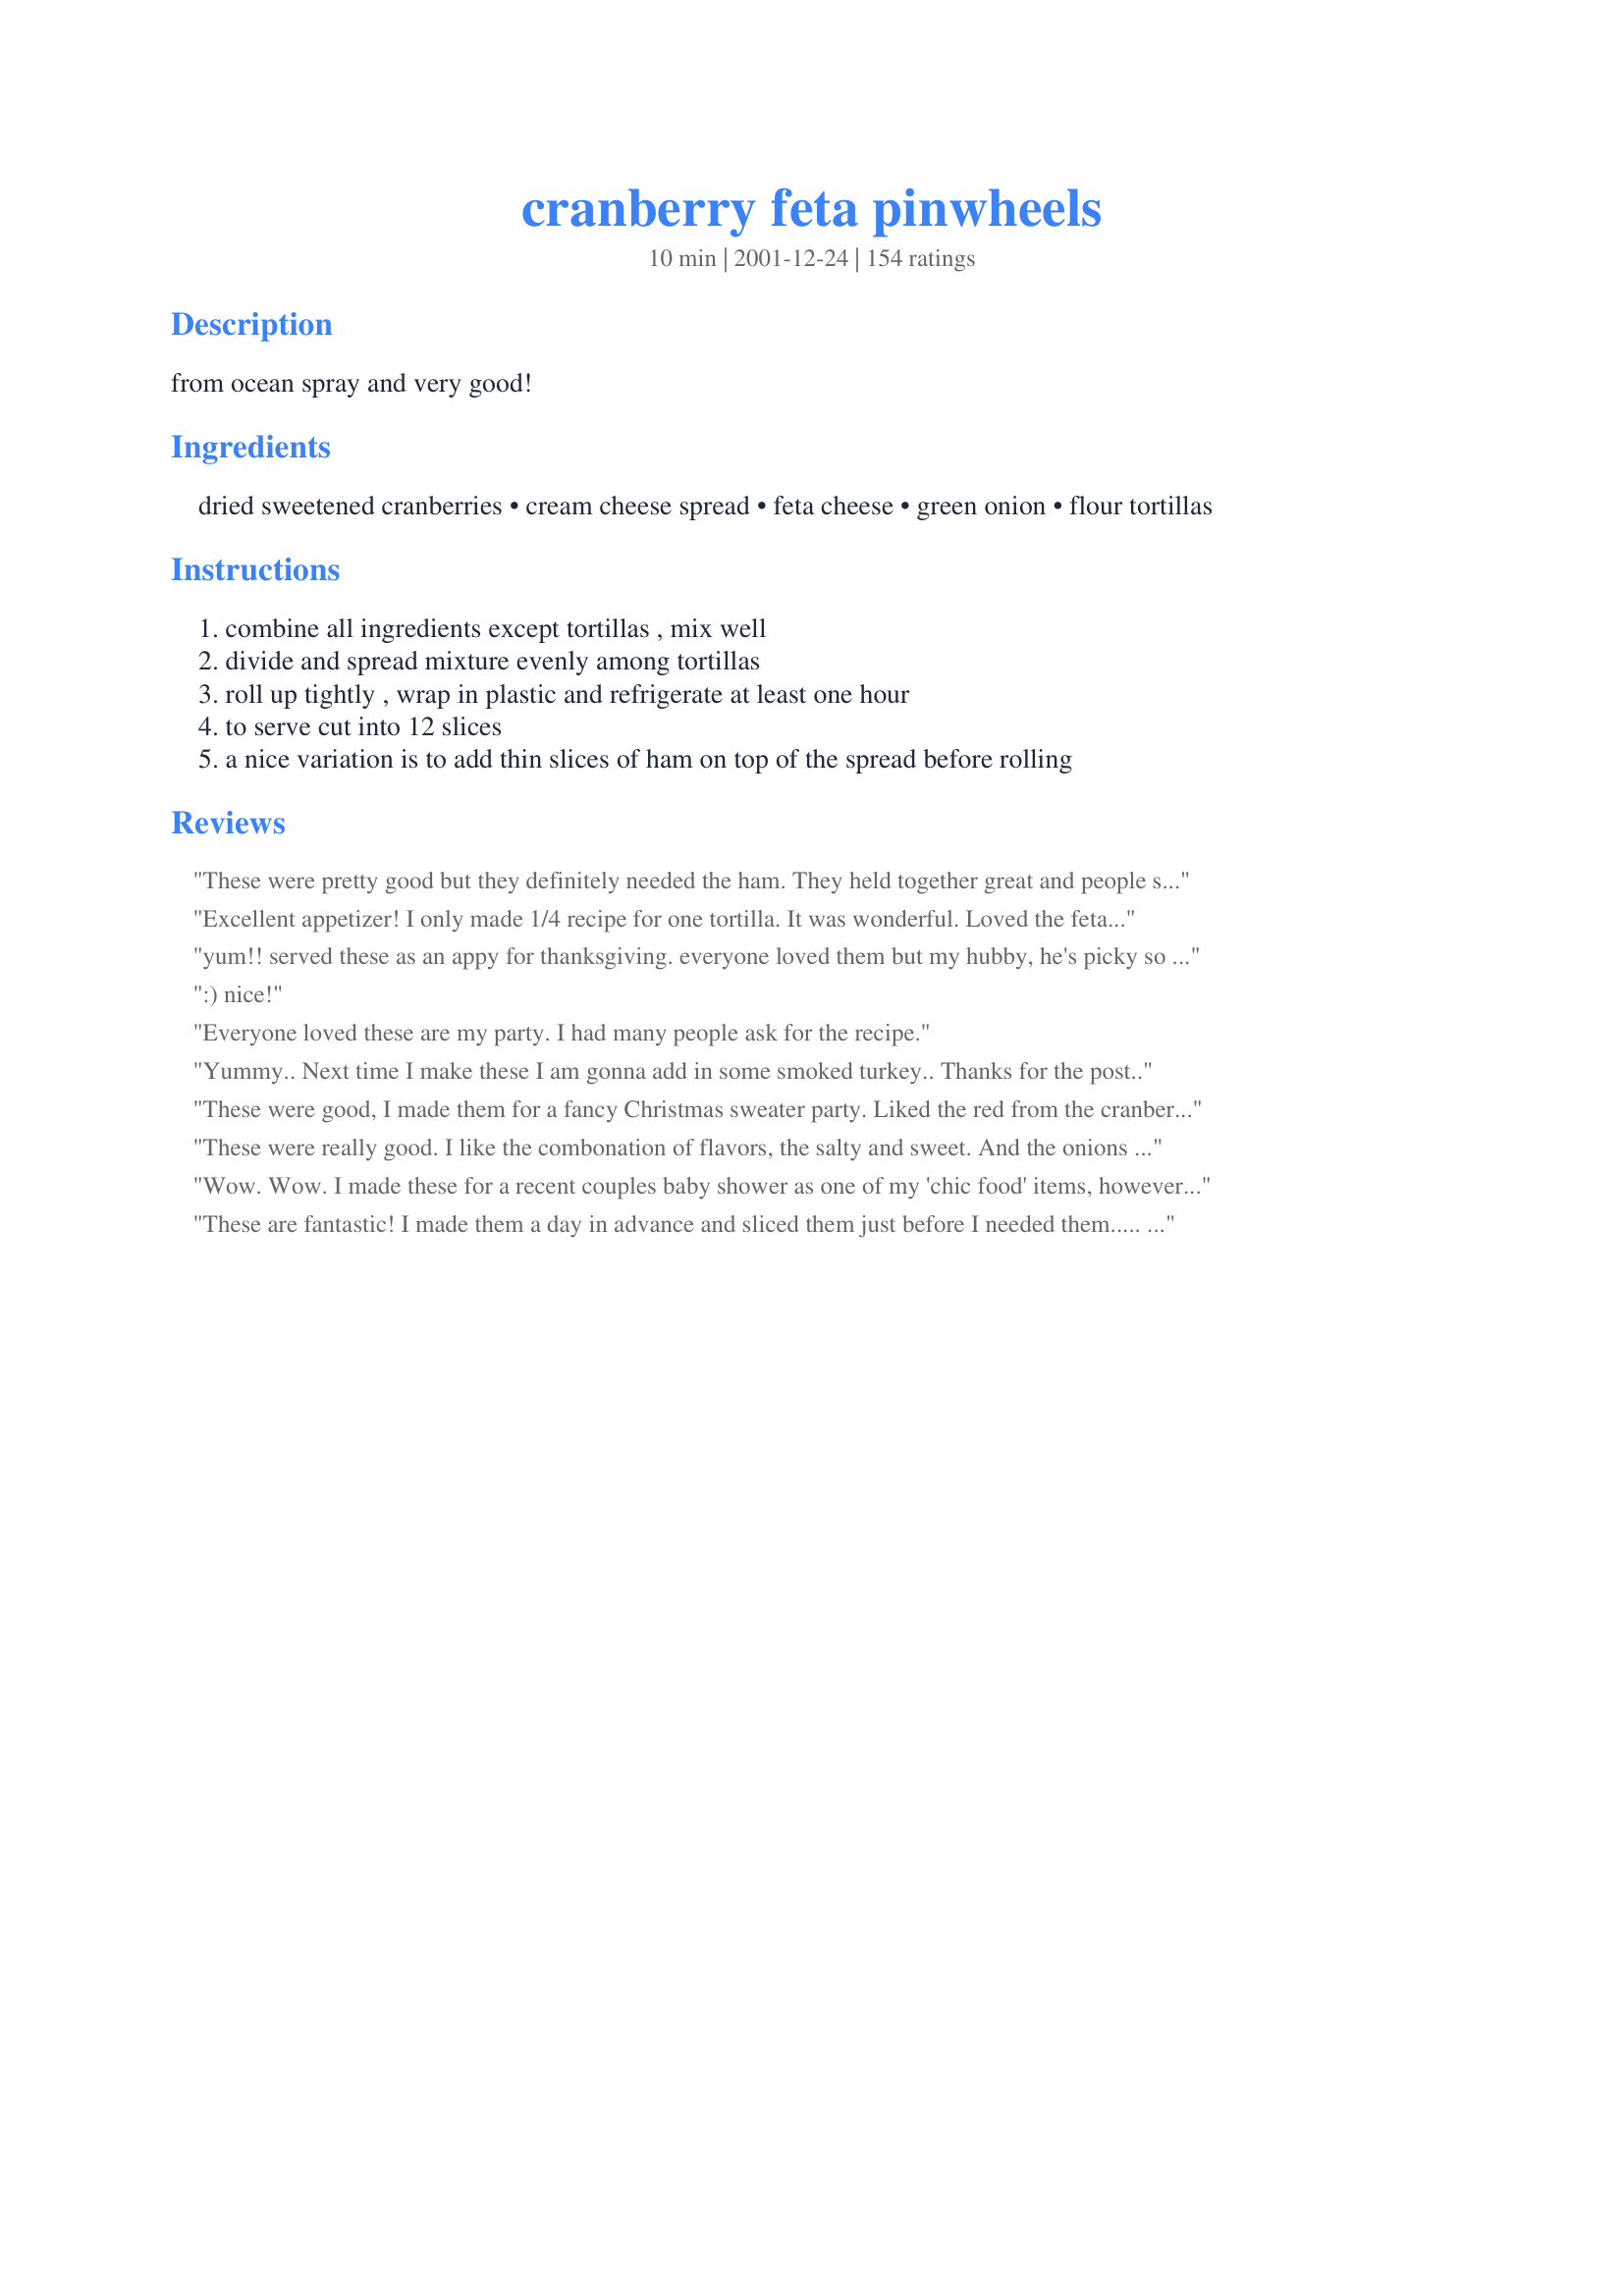
cranberry feta pinwheels
Preparation time: 10 minutes

from ocean spray and very good!

Ingredients:
dried sweetened cranberries, cream cheese spread, feta cheese, green onion, flour tortillas

Steps:
combine all ingredients except tortillas , mix well
divide and spread mixture evenly among tortillas
roll up tightly , wrap in plastic and refrigerate at least one hour
to serve cut into 12 slices
a nice variation is to add thin slices of ham on top of the spread before rolling

Reviews:
These were pretty good but they definitely needed the ham. They held together great and people seemed to like them but the other wraps I made had a better taste.
Excellent appetizer! I only made 1/4 recipe for one tortilla. It was wonderful. Loved the feta with the cranberries. I did add a slice of ham before rolling. Went great with Recipe #66596 and Recipe #13285.
yum!! served these as an appy for thanksgiving. everyone loved them but my hubby, he's picky so he doesn't really count!! i used 2 flour tortillas and 2 whole wheat tortillas. i also added lots of cracked black pepper to the mixture. i made these up a day ahead of time then sliced up and plated the morning of thanksgiving. i liked this because it was a pretty and festive appetizer that didn't require the oven. thanks for posting!!
:) nice!
Everyone loved these are my party. I had many people ask for the recipe.
Yummy.. Next time I make these I am gonna add in some smoked turkey.. Thanks for the post..
These were good, I made them for a fancy Christmas sweater party. Liked the red from the cranberries and the green from the onion. Very Festive.
These were really good. I like the combonation of flavors, the salty and sweet. And the onions were not too strong. I made these up the night before and then cut them just before the gathering the next afternoon. I used wheat tortillas to bring some healthy fiber to the app. They were a hit! Could also see where some crumbled turkey bacon would add a great dimension. Thanks for posting, I'll make again. =)
Wow. Wow. I made these for a recent couples baby shower as one of my 'chic food' items, however it was the men of the group that were raving about them! They are delightfully unique in flavor and make a beautiful presentation. I served mine on a round platter with a sprig of parsley in the center to make the green pop. Thanks for a fantastic recipe I'm sure to use through the holiday season!
These are fantastic!
I made them a day in advance and sliced them just before I needed them..... they were perfect!
Thank you!
I couldn't walk away from them! I can't wait to make them myself!
Great.
Easy and festive.
I loved these. I made them for a dinner party and everyone loved them. I had couple of rolls left over and served them 3 days later and they Great.
Thanks
these were really boring and tasteless
Great finger food
Sweet + salty = yummy in my tummy. I added 1/2 cup of chopped walnuts which gave it a nice crunch. People seemed to really like these.
These are very pretty and very good. They definitely will look great on a table at Thanksgiving or Christmas. They will disappear so fast, your head will spin!Thanks for sharing this Derf!
I made this as finger food for the afternoon before our Canadian Thankgiving dinner. I made 1/2 with ham, half without. They were great as is but also would be very good wiith dried blueberries too. I think I may may some with arugula added in as well. They were devoured. My brother is hosting Christmas dinner and he asked me to bring these. Thanks for posting this very versatile recipe!
Everyone liked it. I used spinach tortillas. Made a nice holiday presentation. Thanks.
third time around, I used softened reg. neufchatel, omitted the green onions, and used chopped walnuts instead of the feta. i'm a feta lover, but not with the cranberries! this is a fancy version of the pinwheels i normally make with cream cheese, minced carrot and red bell pepper, YUM, a family fav...
These were SO easy to make and really delicious. I wasn't sure if I'd like the mix of flavors - feta/cranberry/green onion but it worked really well. I used spinach tortillas to add some more color - but even without - it's pretty and colorful - looks good on a plate.
These have become a holiday tradition every year, great for work parties and family gatherings. I use spinach tortilla's, and supplement the filling with sour cream (helps mixture to spread more easily), diced smoked ham, and a dash of garlic powder and herb seasoning. It's so easy to make and always a hit!
Always a huge party favorite!!
I made with corn tortillas -- they don't roll as well, and certainly don't hold together. I loved the idea of these, though, and will keep tinkering with a gluten-free option. Also, cheese is hard to spread, not sure of the solution for this.
OMG! These were amazing! I actually ended up placing 2 slices of bacon instead of the suggested ham in each one of these and I had to seriously FORCE myself to stop eating them before everyone came over. They were soooooo good!!!
These were out of this world! They were super easy to make - I made the filling earlier in the day and assembled closer to when my gathering would start. I was unsure about the onion but followed the directions as written. I really mixed the filling well so there were not big chunks of feta cheese in the mixture. The sweet taste of the cranberries with the taste of the onion was OUTSTANDING! Looks like something you would have catered. Went over very well at the party. Will definitely make again!
This is a wonderful appetizer Derf, I was so excited to try this that I made it with Greek Pita instead of Tortillas because I didn&#039;t have any and I didn&#039;t want to wait to try this recipe. This is so good. Love the cranberries, green onion and cheese mixture, they all pop, creating something very special. Sweet, tart, tangy and salty, my kind of treat. Made for Think Pink 2013.
These were good. Unfortunately, I made them and then forgot them, so wasn't able to get an opinion from our guests. I appreciate the ease of the recipe and the ingredients seem perfect for a holiday gathering. Will definitely try these again. Thanks!
This looked and even tasted good for some and for others it was not very tasty so i guess u have to try it to know if you like it or not
These are always a hit! I usually lay a slice of ham on top of the spread before rolling, as suggested and also use a whole grain tort - yummy!
I completely forgot to rate these! I made these a few weeks ago for a going away party for a coworker. I am happy to report that I had nothing left but an empty plate. They were amazing. Hubby really liked them, too. I thought the balance of salty feta with the sweet cranberries was perfect. I used FF feta and light cream cheese with great results!
Easy and very yummy!!!
These turned out really well. Used the Mission brand garden spinach and herb, it really helped with the taste. It might have been kind of bland if the tortilla didn't add so much flavor.
I loved this recipe especially for Christmas because of the colors. I added walnuts to mine and thought it was a great addition.
Excellent, easy. Would be great with turkey inside also.
Excellent! Went to a small gathering and four people asked for the recipe! I used spinach tortillas. VERY easy!
LOVE THESE! I sear far and wide for yummy recipes and this is by far one of the best appetizers I have come by :)
I made these pretty pinwheels for my Christmas Open House primarily for their bright and appealing appearance. The outstanding taste was both a surprise and a bonus, and they will have a permanent spot on our Christmas party menu !

 I saved some prep time by mixing the berries, feta and green onions into the cream cheese the night before rolling the pinwheels. This is an excellent recipe and I would like to thank Derf for sharing ! Chef Dee
These look wonderful on the plate! They were a bit rich tasting for us and for our company, so next time I think I would make half a batch, as one or two is all anybody would have. Thanks for posting!
These are fabulous! Everyone loved them & they were gone in about 15 minutes. Great summer app & I plan to serve around the holidays as well! Thanks!
These were good, but the filling didn't spread well and there was a lot of waste on the ends. I have never made this type of thing before, so it could be that I am just a novice. They did go over well for a work party, though, and they are definitely different.
These were really good but I thought they could be better. I reduced the feta cheese amount by half (I'm not that fond of the feta taste). I left out the green onions, but they would be fine to leave in too. But my favorite change was spreading a thin layer of green pepper jelly (homemade) over the tortilla and then adding the cheese-cranberry mixture. I used a heaping tablespoon full of the pepper jelly on each tortilla, just enough to give these pinwheels a spicy-sweet taste and a colorful red & green look. YMMMM!
I made this recipe for an open house we had before Christmas and everyone raved about these. I made them exactly as posted and I will definitely make them again
A New Years Party hit!
This is fantastic! Very different and a nice twist on the common "Ham and cream cheese pinwheels" that everyone makes. The cranberries give it such a beautiful appearance, too.
If the concern is the strong taste/smell of onion, use 1 cp of minced chives in place of the green onion.
I made these with spinach tortillas which I wouldn't do again, but they are very festive and tasty. And easy!!
These were really yummy - and they went over well at the party I took them to (except for one person who didn't care for the combo). I thought the few that were leftover tasted even better the next day and next time I will make them a day ahead. Thanks for the recipe Derf!
made these yesterday..and just now noticed i forgot to add the green onions...didnt miss them!! i did add as another reviewer suggested a thin layer of trader joes pepper jelly...real easy and delicious! thanks
Easy and delicious!
I've made this recipe many times now and everyone always loves it! I use Queso Ranchero (mexican cheese) rather than feta, just personal preference. Thanks for a true keeper Derf!
I made this for a party recently and everyone absolutely loved it. I added more cream cheese than called for and also added some smoked turkey but it would have been just as delicious as written. The combination of the salty and sweet was perfect.
Some of my favorite ingredients all put together in my favorite form of appetizer.... and yet, somehow it just didn't work. Not completely inedible, but bad enough I just couldn't take them to the event I made them for. I couldn't really figure out why I didn't like them, and neither could my family. Glad I tried them, sad they didn't work for me. Thanks for the recipe though!
Great! And I love that they are make ahead. The flavors were really good. I tried them without meat, but I can definitely see how that would be a tasty variation... I'll have to do some both ways next time! Thanks for a keeper!
An easy, festive recipe.
Made these for a Christmas party and they were proclaimed to be "the bomb."
Even though this recipe does not need another rave review...<br/>I made these for an event and everyone loved them. The only modification I did was to add walnuts for some added crunch. They also go great with cranberries & feta.<br/>They were easy to make and were a big hit! I'm sure I'll be using this recipe again & again.
So yummy! Love serving these around Christmas time because of the colours. :)
these were served at my bridal shower luncheon. a nice change from chicken salad or ham spread!
Made these with spinach tortillas for a Chrismtas party, and they were eaten before everything else! Super simple, and easy to prep the day before. I just cut them right before serving. Definitely easy, and definitely a make-again!
Wife said it sounded gross but I made it anyway. She said next time not to tell her what I&#039;m making ahead of time and just feed it to her. These are loved by all! I used dried cherries as I didn&#039;t have cranberries and used sweet onion as I didn&#039;t have green onion on hand. Next time I think using the green onion would cut down the onion taste.
AMAZING! Had the BEST flavor! Made them twice and the second time I added sliced ham and fresh spinach leaves... they were gone in a flash! Thanks for the great recipe!!
Made these for friends yesterday
Delicious!!! I served these at a recent party and received nothing but compliments. What a great combination of sweet, salty and tart. MMMmmm!
I used half of the feta and blended it with the cream cheese using my hand mixer. I also added diced celery, finely chopped pecans, and added peppered turkey breast (from the deli). I made these for a fall party and all the girls seemed to like them.
WOW! These are soooooo good, and they are even better the next day. I will definitely be making them again. Thanks!
Oh my gosh! I LOVE these little bits of heaven!

The creamy/salty feta with the chewy sweet/tart cranberries is a killer combo. 

Perfect make-ahead finger food for parties.

Thanks so much - this will be in my repertoire for sure. :)
Very different &amp; very good! I made these for Thanksgiving for the family to snack on while we cooked, they are the perfect appetizer for that! I used a spinach tortilla which made them pretty and extra yummy.
These were just terrific!!! I took them to a potluck. I was glad I sampled them first as there was none left!! I did add a cup of chopped walnuts. I also arranged cherry tomatoes on the serving dish. Look good and sure WAS good. Thanks again Derf
I've made these twice since Sunday... the plate was cleared in no time at both functions. I followed the recipe exactly, used both spinach and sun dried tomato tortillas. Very nice presentation, and they tasted great. Many commented on the Christmas colors. I now have two great wraps to use for any upcoming event. The other is #417499. Thanks for a great recipe!
These actually didn't go over very well at our get together. I think they were too feta-y...and I LOVE feta. They were just okay to us.
These were a big hit on Christmas Eve! I used spinach wraps, and they were festive and delish!!! They are so good an easy, I'm making them again for a New Year's Eve party.
Oops - forgot to review these....made these for our Christmas Party. Everyone loved them!
Great hit at our family Christmas party. It was a little difficult to spread so I uped the amount of cream cheese spread.It might also help to cut or dice the cranberries. Delicious!!!!
excellent - gets rave reviews every time
These were delicious! The feta flavor is pretty strong, so they won't be favorites with everyone, but I liked the flavor combination. When I make these again, I'll add a little plain greek yogurt or sour cream to make it a bit easier to spread.
I get requests for these at the holidays - unique combination, and really good too!
I too, reduced the amount of feta and added finally chopped walnuts for a nice crunch! Big hit at our Christmas celebration.
I made these for the movie night we had at church tonight. We watched Rogue Saints. This was very easy to make up at the last minute. I'll not leave step 3 out next time as this will help soften the tortillas, making cutting easier. Made for I RECOMMEND ~~~ WE GIVE THANKS END OF THE YEAR SPECIAL
I used spinach wraps and made these for a Chrismas party. They were gone quickly and looked very festive. Thanks for a great recipe.
What a surprise! I couldn't stop eating them after I hesitantly tried the first one! Such an interesting blend of salty, tart and creamy! These are my new favorite!
This recipe is great I made this as a cheese ball and rolled it in walnuts. I brought it to Thanksgiving dinner and they called and asked me to bring it for Christmas. I also reduced the feta cheese by half.
Very festive. I got 3 requests for recipes at an office party. I served them with Spinach Pinwheels #69372. I added about 1/4 cup of fat-free plain yogurt to make it easier to spread since I used a regular 8-oz brick of fat-free cream cheese. I went a little overboard on the green onions and would be sure to stick with the 1/4 c. next time. I used spinach and garden herb tortillas and I got 5 10-inch tortillas out of the recipe.
Perfection!! These were just wonderful - I made them, as written, for work holiday potluck. So, so good!! I did half w/ ham and half w/o. I used spinach tortillas. They are lovely to look at and lovelier to eat. And oh so quick and easy to do. I have no recommendations for change, as they perfect as is! Thanks much!!
These were a hit at Christmas dinner. What a festive appetizer with great flavor combinations. The feta and cranberry together is fabulous!
these are really really good. Super simple. Made them on Christmas Eve, wrapped in plastic wrap (uncut), planning to eat them on Christmas Day. Then the stomach flu hit, and we postponed Christmas another day. Sliced them up, and they were still perfect. Very pretty on my red Christmas dishes.
I made these tasty little buggers for our Christmas day appetizer plate and boy, were they good! Excellent combination of tastes. Even my teenagers like them and that is the ultimate compliment. Thank you for a real keeper of a recipe!
P.S. - Grocery was out of green onions and scallions. I used sweet onion and it worked out fine.
I took these to a party and they were a hit, so I'll make them again. But I would like more flavor, even though I was generous with the green onion. Perhaps fresh herbs or a flavored cream cheese?
I made these using spinach and whole wheat tortillas and added chopped walnuts, shaved turkey and a spoonful of mayo, the turned out awesome! These were for an extra work day and I wanted to take a finger food snack for the gang and these totally fit the bill. I put them together the night before and sliced in the morning and once they were at room temp they were creamy and delicious. Will make these often this summer, really a new favorite.
I made these for Thanksgiving, and they were very well received. I followed the reciped exactly as written, and the pinwheels were excellent.
I was leery about the amount of feta, but it was perfect. I whirled mine a bit in a food processor before spreading. The tart/saltiness of the feta was perfectly offset by the sweetness of the cranberries!
Easy, tasty and beautiful. Thanks for posting.
 I had about 1/4 cup of feta cheese left over and saw your recipe. I had a black bean/Salsa tortilla it would be perfect for one roll that I would serve along side our salad for lunch - Delicious worth every star.I was a little heavy habded on the cranberries but they tasted great Thanks Derf another winner
I made this for a Christmas party and everyone loved it. The sweet cranberries with the flavor of the feta was awesome. Definitely will keep this one to make again!! Thanks Derf!
Thanks for the recipe, it is so yummy. I modified and featured it on my blog! You can check it out here &gt;&gt; http://bit.ly/thanksgiving_apps
I used whipped cream cheese, just thought it may be a bit easier to mix with the feta. I made these for a Thanksgiving appetizer and everyone loved them, they did not last long on the platter at all!
I took these to a Christmas party I was at, and everyone really enjoyed them. I had my doubts prior to making them. The flavors inronically complement each other really well. Plus many people liked the fact that it coordinated with Christmas colors.
So rich and so beautiful. Thank you for sharing. :)
I was looking for something new to add to the rotation of the usual fare at family events -- this was just the ticket. The perfect mixture of salty and sweet and absolutely different. It's also nice because the work is done ahead of time, and I can focus on the other 48 things I need to do at party-time. I might try adding chopped walnuts, but I'm not sure I want to mess with what I deem perfection.
Derf, we loved these. What a combination of flavors -- the sharpness of the feta, the onion flavor, then the sweet cranberries. Very, very good. I just used plain flour tortillas. I think with all the wonderful flavors mixed in the spread, the flavored tortillas might distract from that winning combination. These are also very nice because they can be made a day in advance -- giving you more time to work on other appetizers that require last minute preparation. I'm glad to have this recipe in my collection.
I love these! I think Taste of Home featured the recipe some years ago. Most people loved them and wanted the recipe. A few others made a face at first but came back for seconds after thinking about it for awhile.
I Love this recipe!!! I have made this twice now for parties and it's always the firt to disapear. I like adding the ham to it because it gives a salty and sweet taste that I love.
Thank You Derf
I made these without the onion and used spinach tortillas. They were gorgeous on the plate! I found the feta to be a bit strong and next time I will probably use only 1/2 cup. I am thinking some finely chopped pecans would be a nice addition. Cannot wait to try these with bleu cheese instead of the feta, too. Thanks, Derf!
Tart and salty and creamy. So good! I took them to a party and got so many compliments! Thanks Derf!
Wonderful! I tried them with thinly sliced turkey, too.
I made these last Christmas. I thought they sounded wonderful.

Guess they were too gourmet for either men or Arkansas. lol

I wound up throwing most of them away a few days later.
Not only is this easy my family loves it.
Made for Bunco with the girls. Got rave reviews. I really liked the tart and creaminess.
I took them to a party and they were a hit! Thanks!
These were too sweet for me. The second time I made them I added chopped jalape&ntilde;o, crumbled bacon and more onion. I reduced the cranberries by half and didn&#039;t mix them into cheese - just sprinkled them on before rolling (otherwise the cheese looks too pink). With these changes I thought they were 4 star.
We loved these for Thanksgiving. I used regular cream cheese and just zapped it in the micro for a minute and a half to make it spreadable. It is a great make ahead appetizer that travels well.
DELICIOUS-what a great combo of flavors! Made for the office and everyone loved them. Thank you for a great recipe, Derf! Made for the Think Pink Tag Game In Honor of Breast Cancer Awareness, October 2008.
These are sooo yummy!! Even the kids really liked seemed to like these. Super easy.
Very easy to make and a nice change from other tortillas pinwheels. The combination of the sweet and savory and salty -- makes this a homerun appetizer!
These were really good!

Made them for Christmas Eve and they were gone in a flash!
These were a hit on Thanksgiving.
Everyone loved them....
Yum!
Pretty good. I'd make these again. My guests enjoyed them. Could maybe use more cranberries.
Loved the flavor combo in these! I used whole wheat tortillas and, other than scaling it down, made no changes to this tasty, simple recipe. Thanks, Derf, for another great one!
I made this for a family gathering and they were not the hottest thing there. They were okay, but if i were to make them again I would eliminate the green onions.
Brought these to Thanksgiving and they were raved about! I had a hard time spreading the cream cheese as thin as I wanted it, so I added a bit of sour cream to make it more spreadable.
These were suprisingly very good. I wasn't sure how the green onions would pair with the cranberries but they tasted great. Will make again. Thanks for the recipe!
This sounds SOOOOO yummy, but I would maybe add some smoked turkey and some walnuts or pecans...
Wonderful! They were a hit. I used more of all the ingredients then it called for and rolled them up in the large sun-dried tomato and spinach tortillas. Excellent!
These were SO good! I used goat cheese instead of feta and added a package of dry ranch dressing to the cream cheese. Got rave reviews at the party and lots of requests for the recipe.
These are so good. The feta and cranberries are a wonderful combination. Thanks for sharing the recipe.
I made these for Christmas and they were a huge hit! It was requested of me to make them for Easter, too.
i placed kosher salt into a tray, covered it with plastic wrap. on top I positioned the rolls into an igloo shape and placed the perky olive penguins around it. they were not only cute but edible too. will definitely make again during the holidays
These were quite good, but I would have liked a little more filling in the because they seemed a little dry. Perhaps a little more cream cheese or the addition of a little sour cream or yogurt? The flavor was good though, and people enjoyed them at the party I had.
I made these for a party along with Derf's roast beef pinwheels. These were so good. People were attracted to them first for the colors and then came back for seconds because of the wonderful combination of tastes. I didn't include the ham and used multigrain wraps. I think that also added to the lovely appearance and taste. I had a lot of requests for the recipe. I will absolutely make these again.
All of the reviews on this are right, this is a hit at parties, people ask about them, and even my husband who is harder to please, liked these. The cream cheese WAS hard to spread on the tortillas, so that slowed me down, but they were worth it. You could add more onions for more flavor, but the cranberries are the best part.
I made this this past weekend for a dinner get-together with some friends and they were a BIG hit! I followed the recipe as is this time around. This was easy to make, and tasted great. Thank you for sharing!
Super, my mom makes these at every holiday and they get eaten up really quickly. They are a definite keeper!
I made these for a little Christmas party and they were so delicious! I halved the recipe and used 3 regular sized (8 inch?) whole wheat tortillas. I will definitely be making these again!!
We made these for an event that my mom mistakenly thought was on Saturday. My sister took them to work instead, but hadn't cut them yet. She said that people took them away in four-inch chunks without letting her cut them into the gorgeous pinwheels. They were so excited about them! I too used the Mission Spinach and herb tortialls. Because of the herbs, we left out the onions. Even my onion-loving mother-in-law said she liked them just the way they were and would not add onions. All-in-all a big hit, even though they didn't make it to the party.
Made these for a holiday party and they were very popular, especially with the girls. I myself LOVED them and had to step away from the plate:)!! A great combo fo flavors, and they couldn't be any easier. Thanks Derf!!!
Tasty. I split the cream cheese into two batches. In one batch I blended the feta & green onions. In the other I blended the cranberries with a little jellied cranberry sauce for consistency & color. Then I spread a pink layer over a green layer and rolled 'em up. I used my sushi mat and that helped get them tight. Tried it with whole wheat, and am not sure I liked the taste that much. If there's a next time I'll use plain flour tortillas.
This is a great appetizer. I received a lot of compliments on it. Thanks for a good & easy recipe.
really good. tasty. look good. simple to make. did find the green onion a bit off putting (not the taste. but the thought of having onion on my breath around guests). however I made them as directed and the guests all loved them.
These pinwheels were out of this world!!!! I decided to use goat cheese instead of feta because I am not a fan of feta. I have to say they were a little sweet and that is due to the goat cheese. I like sweet, but if you don&#039;t then I would not use the goat cheese. Next time I make these I will add pecans for some crunch and I used spinach wraps. The combination of cranberries, green onions, and cheese were truly divine!!! Everyone loved them.
OMG!!! I made these yummy appetizers for Christmas this year...what a hit!!! Very easy to make & taste delish! Thank you for posting Derf. 8-)
Delicious!- Made these for New Year's Eve and they all went immediately-- I used spinach wraps and they were great. This is something I would have never made cause of the "odd" ingredients, but they all go together well and taste delicious. The whole family loved them.
Due to other reviews, I reduced the feta cheese to 3/4 c. I added 3/4 c. chopped pecans and sliced turkey. These were excellent, but next time I will use the full amount of feta, maybe even more. The feta taste kinda got lost with the other things I added, so I would even add more feta next time. Love this recipe.
I liked the combination of flavors in this one. I added ham slices for half the roll ups and we couldn't deciede which one we liked best. They both were good. These pinwheels looked so nice on the platter, they would be perfect for the holidays. Thank you for posting.
These freeze well. Just thaw in the refrigerator and then serve.
Excellent! I have had this recipe in my cookbook for ages and regret not trying it sooner. The cranberry and feta are wonderful combined with the green onions. They were beautiful on my holiday open house buffet served on a tray with Recipe #69372.
made these for a work christmas 'do' - a big hit - and very easy to make too !!
YUM! I made these for a Halloween party and everyone loved them! For the tortillas I used Tortilla Factory brand Multi-Grain tortillas then followed the recipe EXACTLY.
I am giving these 4-stars because I really enjoyed them. However, anything with Feta and Cream Cheese works with me ! But no one else seemed to eat them. I think I would still make them for a holiday party. The cranberry and cheese really worked well together. I used spinach tortillas as well. Thank you for the recipe ! It definately looked festive !
I've made this at least 3 times now to take to different holiday functions and it is the perfect quick and easy "take along" appetizer. The onion and feta add a nice savory match to the sweet cranberries. Thank you, Derf, for posting. I have been asked for the recipe at every occasion.
I made these tasty little treats for a Bridal shower and they were gone in no time! Thanks for sharing this recipe :)
I used pistachios for the green colour and left out the onions. I also left out the feta and used cream cheese thinned with a bit of sour cream. I also used spinach leaves inside for even more green. Next time I will try the turkey breast and cranberry kind. I wish I had thought of it in time to make both. I would probably leave the green onions in for that combo. And use sun-dried tomato tortillas as well. I used spinach tortillas for the ones I made already. This idea is a total keeper, and not only for holidays. I could eat these all year.
Colorful and unusual combo of sweet/pungent. I added some pistachio nuts for color and crunch.

Somewhat different from tortilla pinwheels which make the party circuit.

It's a definite make-ahead and do-again recipe at my house.
I thought these were good and very pretty. They were a little too sweet for me but still a winner.
